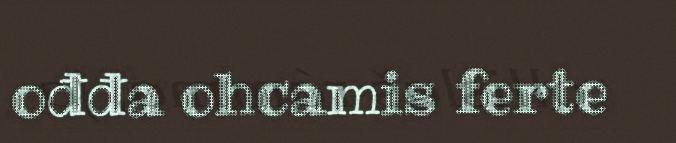
ođđa ohcamis ferte